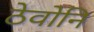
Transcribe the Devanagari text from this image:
ठेवोनि